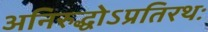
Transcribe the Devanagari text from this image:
अनिरुद्धोऽप्रतिरथः